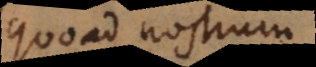
quoad nostrum